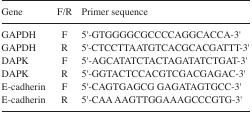
<table><thead><tr><td><b>Gene</b></td><td><b>F/R</b></td><td><b>Primer sequence</b></td></tr></thead><tbody><tr><td>GAPDH</td><td>F</td><td>5′-GTGGGGCGCCCCAGGCACCA-3′</td></tr><tr><td>GAPDH</td><td>R</td><td>5′-CTCCTTAATGTCACGCACGATTT-3′</td></tr><tr><td>DAPK</td><td>F</td><td>5′-AGCATATCTACTAGATATCTGAT-3′</td></tr><tr><td>DAPK</td><td>R</td><td>5′-GGTACTCCACGTCGACGAGAC-3′</td></tr><tr><td>E-cadherin</td><td>F</td><td>5′-CAGTGAGCG GAGATAGTGCC-3′</td></tr><tr><td>E-cadherin</td><td>R</td><td>5′-CAA AAGTTGGAAAGCCCGTG-3′</td></tr></tbody></table>